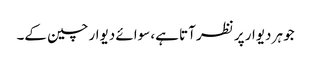
جو ہر دیوار پر نظر آتا ہے، سوائے دیوار چین کے۔